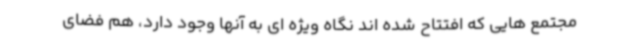
مجتمع هایی که افتتاح شده اند نگاه ویژه ای به آنها وجود دارد، هم فضای